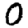
Digit: 0